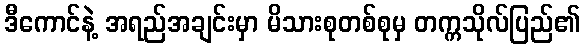
ဒီကောင်နဲ့ အရည်အချင်းမှာ မိသားစုတစ်စုမှ တက္ကသိုလ်ပြည်၏